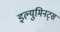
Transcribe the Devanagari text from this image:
इल्युमिनट्स